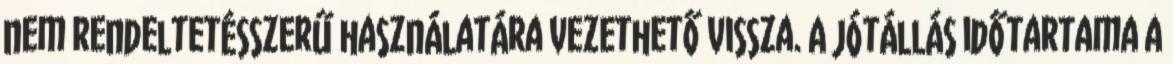
nem rendeltetésszerű használatára vezethető vissza. A jótállás időtartama a